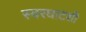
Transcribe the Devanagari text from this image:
स्वरघाटशी